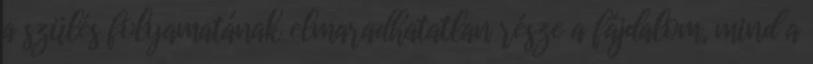
a szülés folyamatának elmaradhatatlan része a fájdalom, mind a